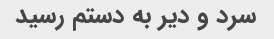
سرد و دیر به دستم رسید